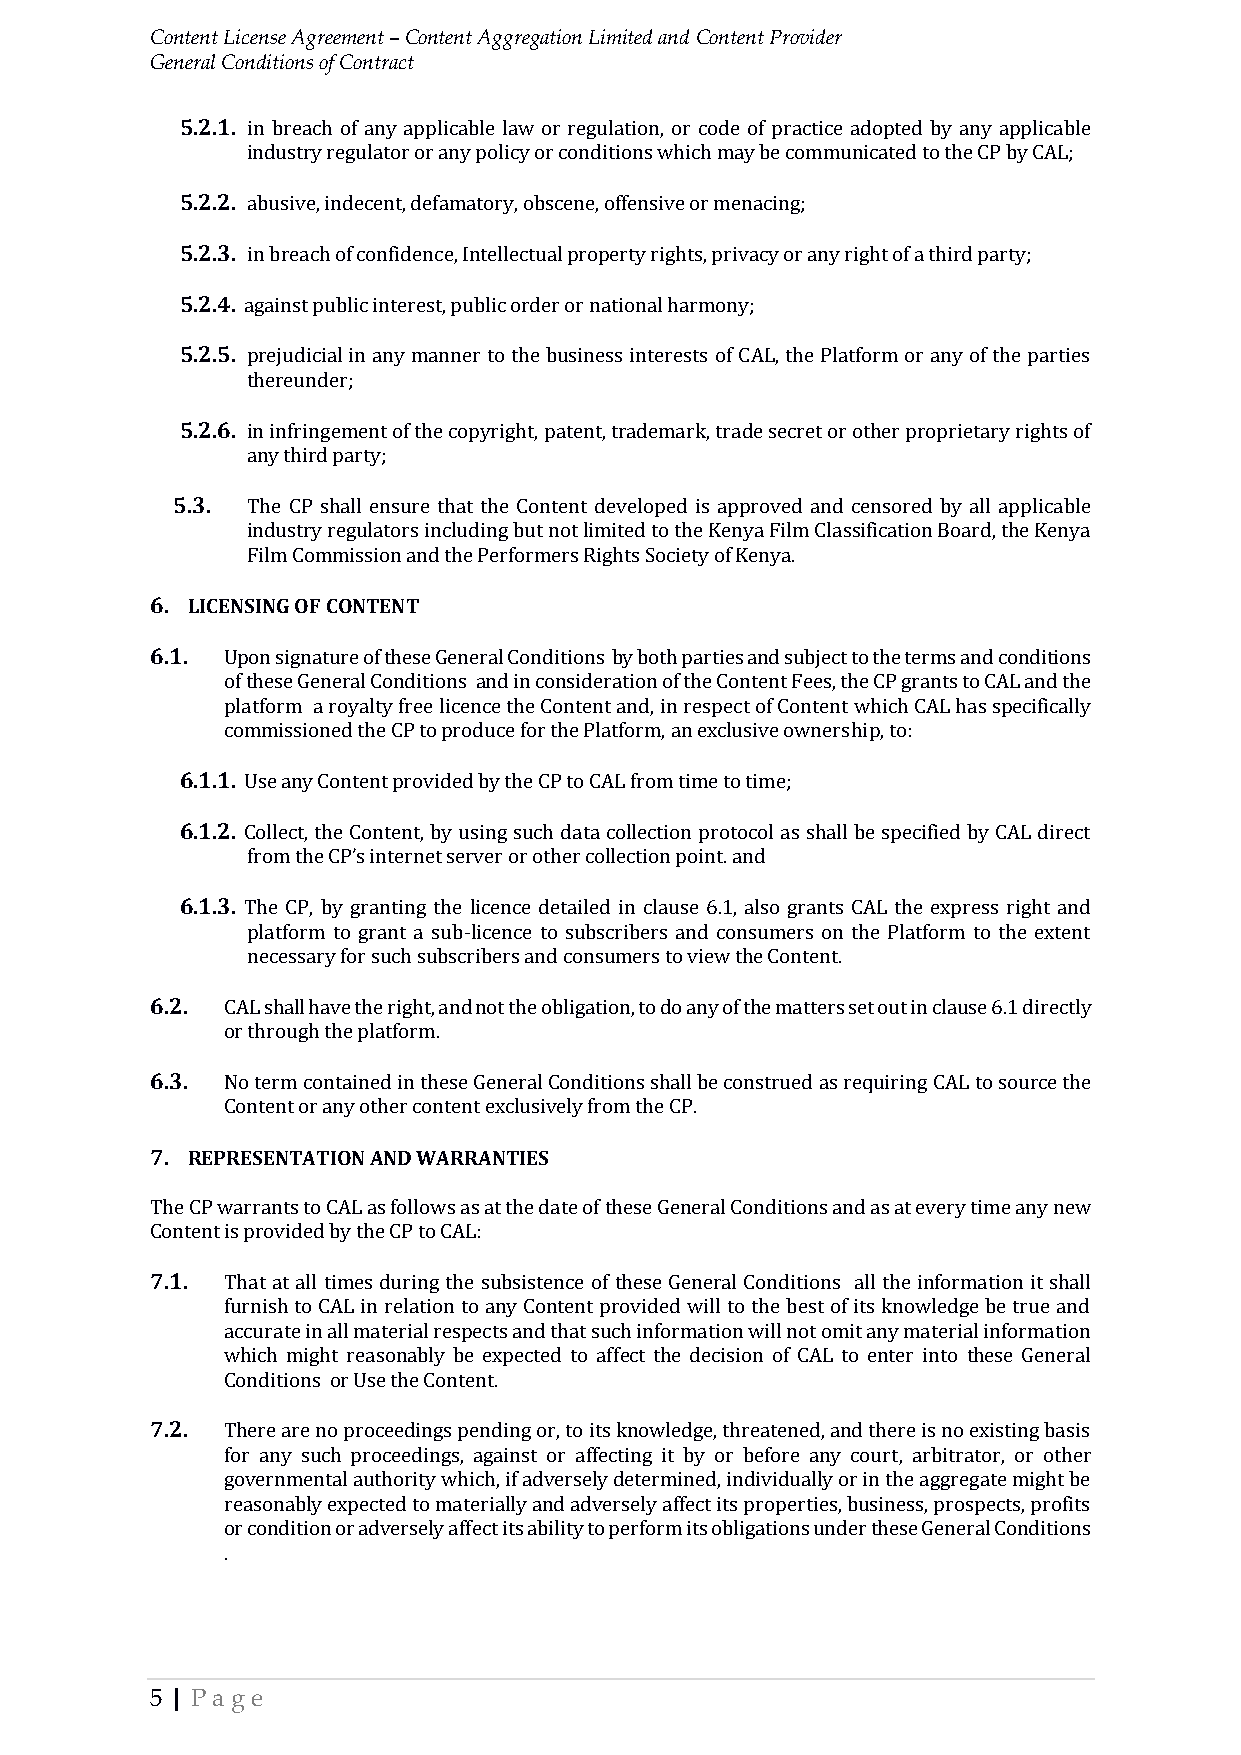
Content License Agreement – Content Aggregation Limited and Content Provider
 General Conditions of Contract
 5.2.1. in breach of any applicable law or regulation, or code of practice adopted by any applicable
 industry regulator or any policy or conditions which may be communicated to the CP by CAL;
 5.2.2. abusive, indecent, defamatory, obscene, offensive or menacing;
 5.2.3. in breach of confidence, Intellectual property rights, privacy or any right of a third party;
 5.2.4. against public interest, public order or national harmony;
 5.2.5. prejudicial in any manner to the business interests of CAL, the Platform or any of the parties
 thereunder;
 5.2.6. in infringement of the copyright, patent, trademark, trade secret or other proprietary rights of
 any third party;
 5.3. The CP shall ensure that the Content developed is approved and censored by all applicable
 industry regulators including but not limited to the Kenya Film Classification Board, the Kenya
 Film Commission and the Performers Rights Society of Kenya.
 6. LICENSING OF CONTENT
 6.1. Upon signature of these General Conditions by both parties and subject to the terms and conditions
 of these General Conditions and in consideration of the Content Fees, the CP grants to CAL and the
 platform a royalty free licence the Content and, in respect of Content which CAL has specifically
 commissioned the CP to produce for the Platform, an exclusive ownership, to:
 6.1.1. Use any Content provided by the CP to CAL from time to time;
 6.1.2. Collect, the Content, by using such data collection protocol as shall be specified by CAL direct
 from the CP’s internet server or other collection point. and
 6.1.3. The CP, by granting the licence detailed in clause 6.1, also grants CAL the express right and
 platform to grant a sub-licence to subscribers and consumers on the Platform to the extent
 necessary for such subscribers and consumers to view the Content.
 6.2. CAL shall have the right, and not the obligation, to do any of the matters set out in clause 6.1 directly
 or through the platform.
 6.3. No term contained in these General Conditions shall be construed as requiring CAL to source the
 Content or any other content exclusively from the CP.
 7. REPRESENTATION AND WARRANTIES
 The CP warrants to CAL as follows as at the date of these General Conditions and as at every time any new
 Content is provided by the CP to CAL:
 7.1. That at all times during the subsistence of these General Conditions all the information it shall
 furnish to CAL in relation to any Content provided will to the best of its knowledge be true and
 accurate in all material respects and that such information will not omit any material information
 which might reasonably be expected to affect the decision of CAL to enter into these General
 Conditions or Use the Content.
 7.2. There are no proceedings pending or, to its knowledge, threatened, and there is no existing basis
 for any such proceedings, against or affecting it by or before any court, arbitrator, or other
 governmental authority which, if adversely determined, individually or in the aggregate might be
 reasonably expected to materially and adversely affect its properties, business, prospects, profits
 or condition or adversely affect its ability to perform its obligations under these General Conditions
 .
 5 | Pa ge